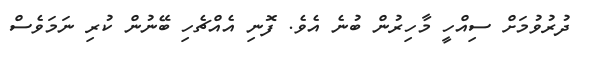
ދުރުވުމަށް ސިއްހީ މާހިރުން ބުނެ އެވެ. ފޮނި އެއްޗެހި ބޭނުން ކުރި ނަމަވެސް